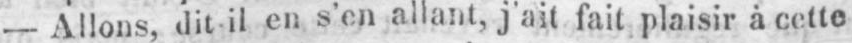
- Allons, dit il en s’en allant, j’ait fait plaisir à cette